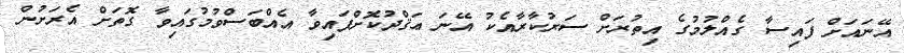
އޭނައަށް ފައިސާ ގެއްލުމުގެ އިތުރަށް ސަރުކާރާއެކު އޭނަ ޢަޤްދުކޮށްފައިވާ އެއްބަސްވުމުގައިވާ ގޮތަށް އެރަށުން